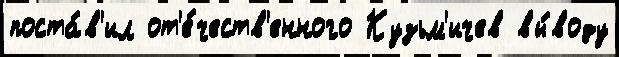
поста́в'ил от'е́честв'енного Кузьм'ичев вы́воду